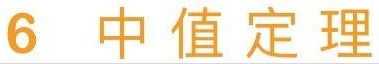
6 中值定理